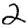
Digit: 2